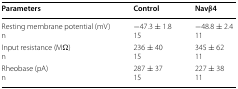
| Parameters | Control | Navβ4 |
 | --- | --- | --- |
 | Resting membrane potential (mV)n | −47.3 ± 1.815 | −48.8 ± 2.411 |
 | Input resistance (MΩ)n | 236 ± 4015 | 345 ± 6211 |
 | Rheobase (pA)n | 287 ± 3715 | 227 ± 3811 |